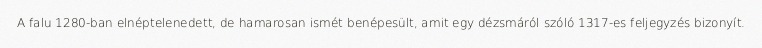
A falu 1280-ban elnéptelenedett, de hamarosan ismét benépesült, amit egy dézsmáról szóló 1317-es feljegyzés bizonyít.